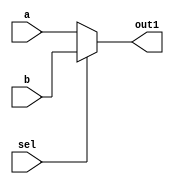
// mux2to1_behaviour.v
`timescale 1ns / 1ps

module mux2to1_behaviour(output reg out1,
                         input a,
                         input b,
                         input sel);
always @ (sel,a,b)
  begin
    if (sel)
      out1 = b;
    else
      out1 = a;
  end
endmodule